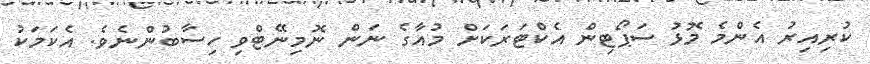
ކުރިއިރު އެންމެ މޮޅު ސަޕޯޓިން އެކްޓަރަކަށް މުއާގެ ނަން ނޮމިނޭޓްވި ހިސާބުންނެވެ. އެކަމަކު